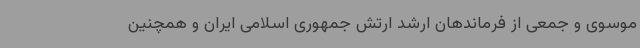
موسوی و جمعی از فرماندهان ارشد ارتش جمهوری اسلامی ایران و همچنین